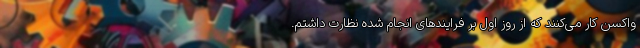
واکسن کار می‌کنند که از روز اول بر فرایندهای انجام شده نظارت داشتم.